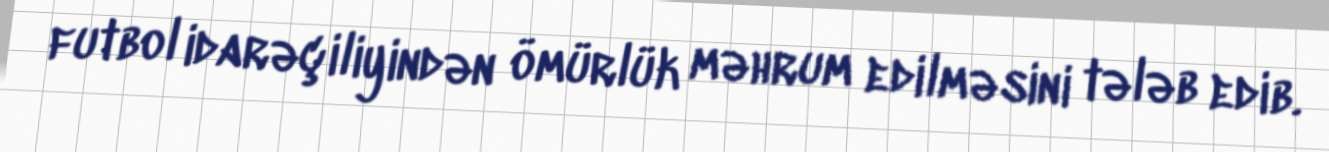
futbol idarəçiliyindən ömürlük məhrum edilməsini tələb edib.